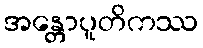
အန္တောပူတိကဿ